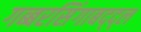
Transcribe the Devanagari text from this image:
गब्बरसिंगाबद्द्ल